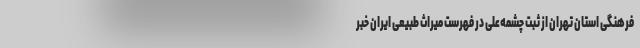
فرهنگی استان تهران از ثبت چشمه‌علی در فهرست میراث طبیعی ایران خبر